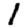
Digit: 1